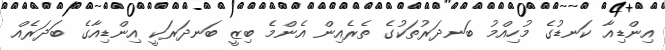
އިންޑިއާ ކަނޑުގެ މުހިއްމު ބަނދަރުތަކުގެ ތެރެއިން އެންމެ ބިޒީ ބަނދަރަކީ އިންޑިއާގެ ބަދަރެއް